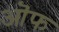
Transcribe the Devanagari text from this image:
ऒफ